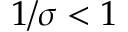
1 / \sigma < 1